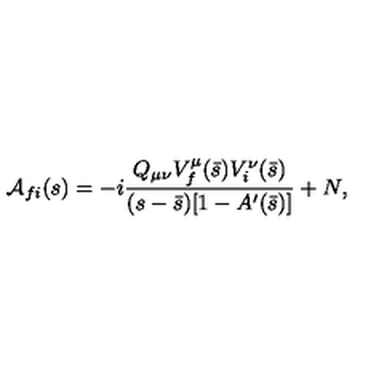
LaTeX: { \cal A } _ { f i } ( s ) = - i \frac { Q _ { \mu \nu } V _ { f } ^ { \mu } ( \bar { s } ) V _ { i } ^ { \nu } ( \bar { s } ) } { ( s - \bar { s } ) [ 1 - A ^ { \prime } ( \bar { s } ) ] } + N ,